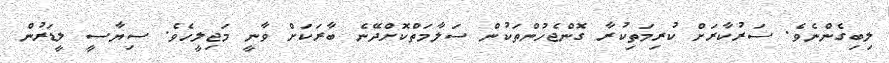
ލިބިގެންނެވެ. ސަރުކާރަށް ކުރިމަތިކުރާ ގޮންޖެހުންތަކުން ސަލާމަތްކޮށްދޭނެ ބާރަކަށް ވާނީ މަޖިލީހެވެ. ސިޔާސީ ލީޑަރުން